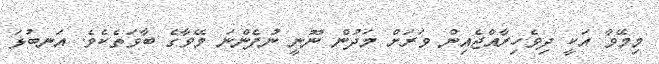
މިމޭވާ އަކީ ދިވެހިރާއްޖެއިން ވަރަށް މަދުން ނޫނީ ނުފެންނަ މޭވާގެ ބާވަތެކެވެ. އަނބުޅަ